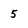
Character: 5